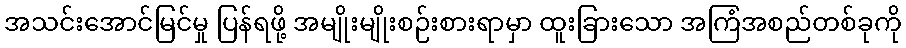
အသင်းအောင်မြင်မှု ပြန်ရဖို့ အမျိုးမျိုးစဉ်းစားရာမှာ ထူးခြားသော အကြံအစည်တစ်ခုကို